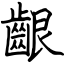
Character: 齦